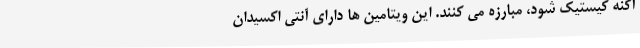
آکنه کیستیک شود، مبارزه می کنند. این ویتامین ها دارای آنتی اکسیدان